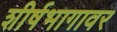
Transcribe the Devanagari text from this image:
शीर्षभागावर